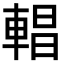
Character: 𨍆